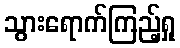
သွားရောက်ကြည့်ရှု